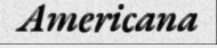
Americana